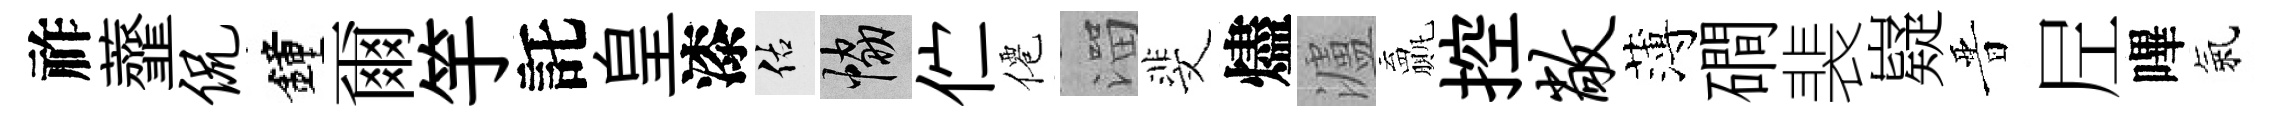
祚虀侃鐘爾竽託皇漆佑協伫僊溜斐燼瀘贏控敞薄磵裴嶷晋𡰱嗶氣